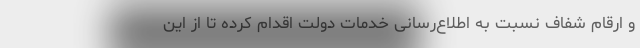
و ارقام‌ شفاف نسبت به اطلاع‌رسانی خدمات دولت اقدام کرده تا از این